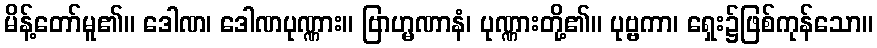
မိန့်တော်မူ၏။ ဒေါဏ၊ ဒေါဏပုဏ္ဏား။ ဗြာဟ္မဏာနံ၊ ပုဏ္ဏားတို့၏။ ပုဗ္ဗကာ၊ ရှေး၌ဖြစ်ကုန်သော။